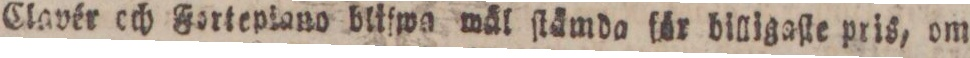
Clavér och Fortepiano blifwa wäl ſlämda för billigaſte pris, om